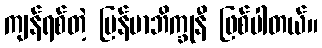
ကျန်ရစ်တဲ့ မြန်မာဘိက္ခုနီ ဖြစ်ပါတယ်။